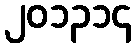
၂၀၁၃၁၄